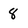
Character: 8